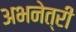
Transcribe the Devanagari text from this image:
अभनेत्री